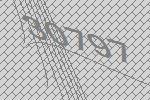
30797